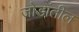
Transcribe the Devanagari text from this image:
जोडांतील